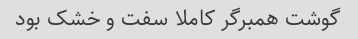
گوشت همبرگر کاملا سفت و خشک بود